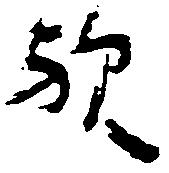
歟